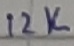
Text: 12K